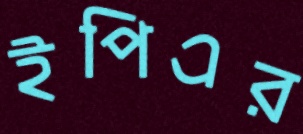
ইপিএর